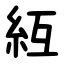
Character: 䊺